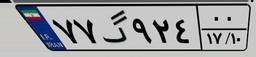
۷۷گ۹۲۴۰۰